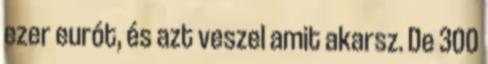
ezer eurót, és azt veszel amit akarsz. De 300